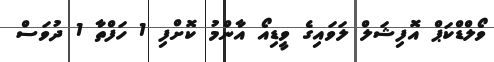
ވޯލްޑްކަޕް އޮފިޝަލް ލަވައިގެ ވީޑިއޯ އާންމު ކޮށްފި 1 ހަފްތާ 1 ދުވަސް